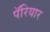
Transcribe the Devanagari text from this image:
पॅरियार